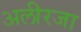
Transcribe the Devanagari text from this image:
अलीरजा